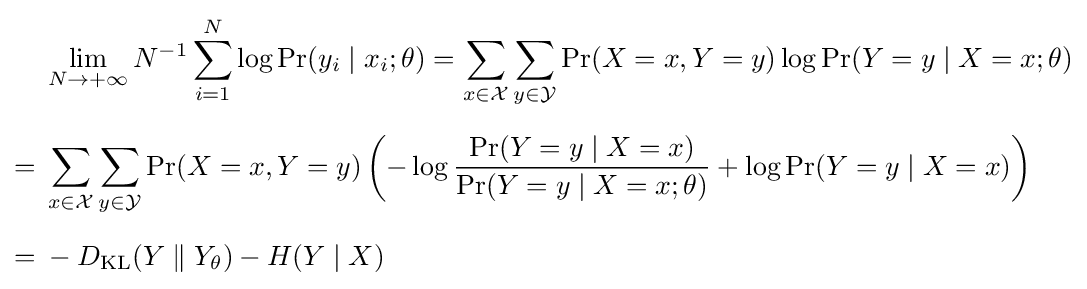
{\begin{aligned}&\lim \limits _{N\rightarrow +\infty }N^{-1}\sum _{i=1}^{N}\log \Pr(y_{i}\mid x_{i};\theta )=\sum _{x\in {\mathcal {X}}}\sum _{y\in {\mathcal {Y}}}\Pr(X=x,Y=y)\log \Pr(Y=y\mid X=x;\theta )\\[6pt]={}&\sum _{x\in {\mathcal {X}}}\sum _{y\in {\mathcal {Y}}}\Pr(X=x,Y=y)\left(-\log {\frac {\Pr(Y=y\mid X=x)}{\Pr(Y=y\mid X=x;\theta )}}+\log \Pr(Y=y\mid X=x)\right)\\[6pt]={}&-D_{\text{KL}}(Y\parallel Y_{\theta })-H(Y\mid X)\end{aligned}}